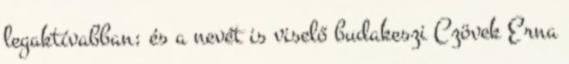
legaktívabban; és a nevét is viselő budakeszi Czövek Erna